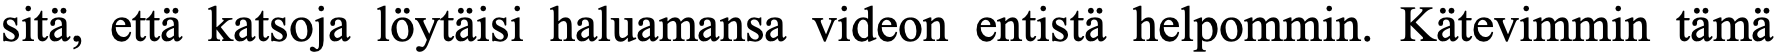
sitä, että katsoja löytäisi haluamansa videon entistä helpommin. Kätevimmin tämä